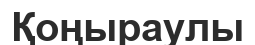
Қоңыраулы